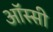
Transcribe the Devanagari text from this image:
ऑस्सी